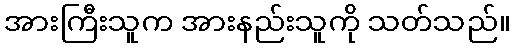
အားကြီးသူက အားနည်းသူကို သတ်သည်။